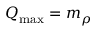
Q _ { \mathrm { m a x } } = m _ { \rho }